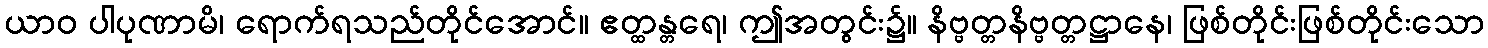
ယာဝ ပါပုဏာမိ၊ ရောက်ရသည်တိုင်အောင်။ ဧတ္ထန္တရေ၊ ဤအတွင်း၌။ နိဗ္ဗတ္တနိဗ္ဗတ္တဋ္ဌာနေ၊ ဖြစ်တိုင်းဖြစ်တိုင်းသော